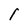
Character: l